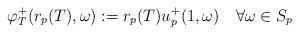
LaTeX: \begin{align*} \varphi_T^+(r_p(T), \omega) := r_p(T)u_p^+(1,\omega) \ \ \ \forall \omega \in S_p \end{align*}